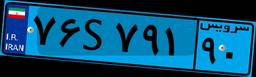
۸۳S۴۹۶۶۳